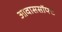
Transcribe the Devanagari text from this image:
आवाससॉफ्ट